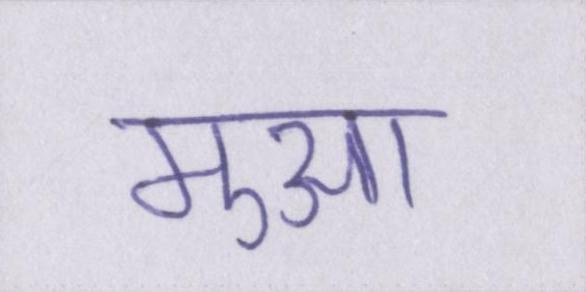
मुआ